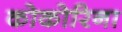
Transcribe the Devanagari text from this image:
कोकोरिना